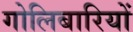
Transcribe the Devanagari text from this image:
गोलिबारियों